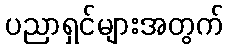
ပညာရှင်များအတွက်